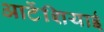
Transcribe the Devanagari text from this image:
आर्टेशियाई